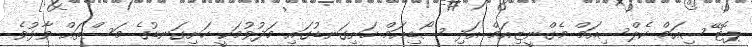
ޕޮޓޭސިއަމް ކެލްސިއަމް މެގްނީޒިއަމް އަދި ސޯޑިއަމް ހަށިގަނޑުގައި މަދުވުމަކީ ހަށިގަނޑުގެ މަސްތައް ވާޅުވެ